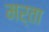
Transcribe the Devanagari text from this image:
मर्ता